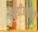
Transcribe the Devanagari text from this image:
एयूडीआईटी